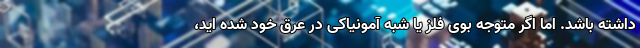
داشته باشد. اما اگر متوجه بوی فلز یا شبه آمونیاکی در عرق خود شده اید،